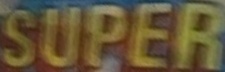
SUPPER